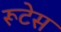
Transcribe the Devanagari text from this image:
रूटेस